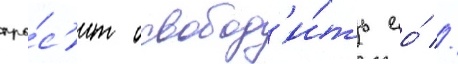
про́с'ит освобод'и́ть ео́ //